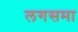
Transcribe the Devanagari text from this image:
लगसमा